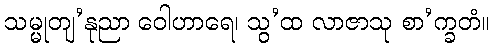
သမ္မုတျ’နုညာ ဝေါဟာရေ၊ သွ’ထ လာဇာသု စာ’က္ခတံ။